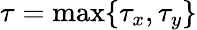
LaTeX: \tau=\operatorname*{max}\{ \tau_{x},\tau_{y}\}